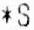
*S